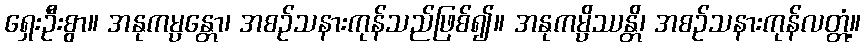
ရှေးဦးစွာ။ အနုကမ္ပန္တော၊ အစဉ်သနားကုန်သည်ဖြစ်၍။ အနုကမ္ပိဿန္တိ၊ အစဉ်သနားကုန်လတ္တံ့။